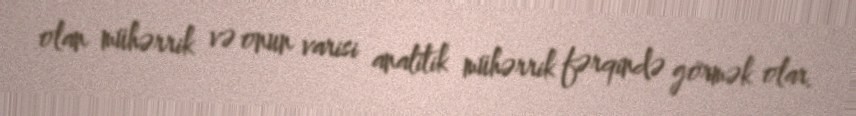
olan mühərrik və onun varisi analitik mühərrik fərqində görmək olar.